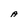
Character: A